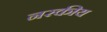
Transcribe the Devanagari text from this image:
नरकीय